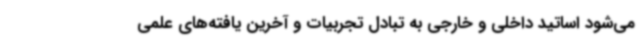
می‌شود اساتید داخلی و خارجی به تبادل تجربیات و آخرین یافته‌های علمی